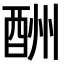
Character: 酬